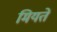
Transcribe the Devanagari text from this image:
मियते